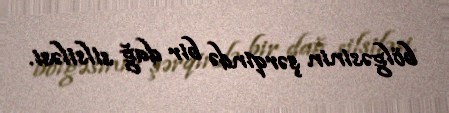
bölgəsinin şərqində bir dağ silsiləsi.